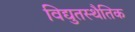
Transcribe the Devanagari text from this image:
विद्युतस्थैतिक